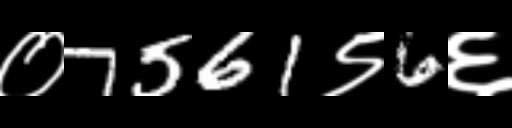
Text: ०7561९6६